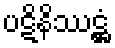
ပဋိနိဿဋ္ဌံ